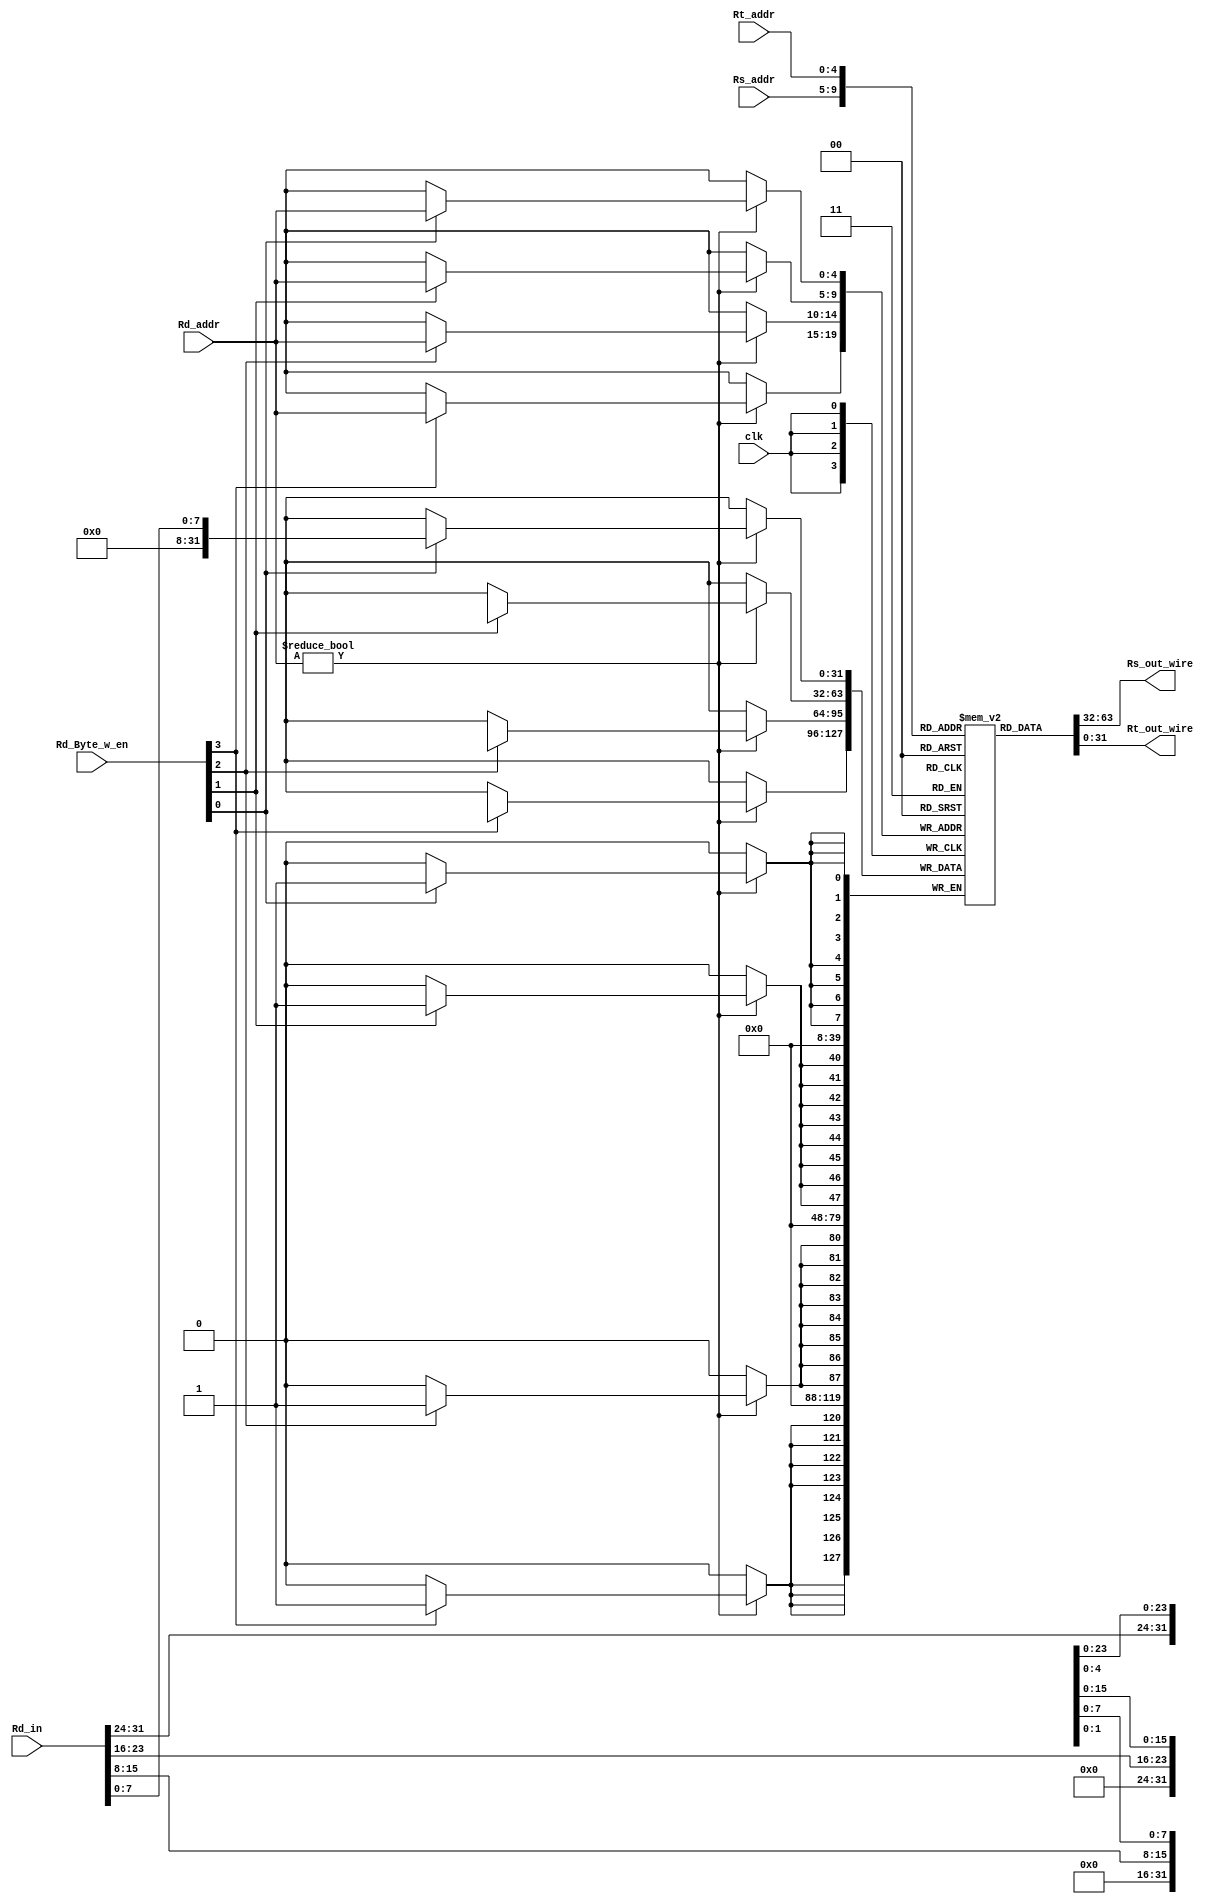
module Mips_32bits_registers(clk, Rs_addr,Rt_addr,Rd_addr,Rd_in,Rd_Byte_w_en,Rs_out_wire,Rt_out_wire);
/*-------------------------------------------------------------------------------------------------
   	/-read    	Rs_addr,Rt_addr,read_en-/
				/- write : 	Rd_addr Rd_Byte_w_enRd_in
			    	Read_en() -/
--------------------------------------------------------------------------------------------------*/
input [4:0] 	Rs_addr,Rt_addr,Rd_addr;
input [3:0] 	Rd_Byte_w_en;
input [31:0]	Rd_in ;
input clk;


/*-------------------------------------------------------------------------------------------------
     /-Rs_out  Rt_out  -/ 
              	 
--------------------------------------------------------------------------------------------------*/

output  [31:0] Rs_out_wire,Rt_out_wire;
reg  	  [31:0] Rs_out,Rt_out;
reg     [31:0] Registers [31:0];
/*-------------------------------------------------------------------------------------------------
   0
--------------------------------------------------------------------------------------------------*/
 initial begin 
       Registers[0][31:0]=32'd0;
       Registers[1][31:0]=32'd1;
		 Registers[2][31:0]=32'd2;
		 Registers[3][31:0]=32'd3;
		 
		 Registers[4][31:0]=32'd4;
       Registers[5][31:0]=32'd5;
		 Registers[6][31:0]=32'd6;
		 Registers[7][31:0]=32'd7;
		  
		 Registers[8][31:0]=32'd8;
       Registers[9][31:0]=32'd9;
		 Registers[10][31:0]=32'd10;
		 Registers[11][31:0]=32'd11;
		  
		 Registers[12][31:0]=32'd12;
       Registers[13][31:0]=32'd13;
		 Registers[14][31:0]=32'd14;
		 Registers[15][31:0]=32'd15;
		 
		 Registers[16][31:0]=32'd16;
       Registers[17][31:0]=32'd17;
		 Registers[18][31:0]=32'd18;
		 Registers[19][31:0]=32'd19;
		   
		 Registers[20][31:0]=32'd20;
       Registers[21][31:0]=32'd21;
		 Registers[22][31:0]=32'd22;
		 Registers[23][31:0]=32'd23;
		  
		 Registers[24][31:0]=32'd24;
       Registers[25][31:0]=32'd25;
		 Registers[26][31:0]=32'd26;
		 Registers[27][31:0]=32'd27;
		  
		 Registers[28][31:0]=32'd28;
       Registers[29][31:0]=32'd29;
		 Registers[30][31:0]=32'd30;
		 Registers[31][31:0]=32'd31;
		   

		 end 

/*-------------------------------------------------------------------------------------------------
   
--------------------------------------------------------------------------------------------------*/ 

always@(posedge clk)
	begin
   /*--------------------
     
   ---------------------*/
   if((Rd_addr!=0))	begin 
   	   if(Rd_Byte_w_en[0])
		   Registers[Rd_addr][7:0]=Rd_in[7:0];
			if(Rd_Byte_w_en[1])
		   Registers[Rd_addr][15:8]=Rd_in[15:8];
			if(Rd_Byte_w_en[2])
		   Registers[Rd_addr][23:16]=Rd_in[23:16];
			if(Rd_Byte_w_en[3])
		   Registers[Rd_addr][31:24]=Rd_in[31:24];
					   end
	
	end
	
always@(*)
begin
/*--------------------
     
   ---------------------*/
					begin 
	            Rs_out=Registers[Rs_addr];
			      Rt_out=Registers[Rt_addr];		
					end 
end 
	
	
	
	
	assign Rs_out_wire=Rs_out;
	assign Rt_out_wire=Rt_out;
	
	
endmodule